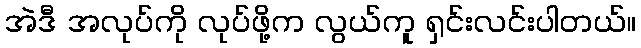
အဲဒီ အလုပ်ကို လုပ်ဖို့က လွယ်ကူ ရှင်းလင်းပါတယ်။